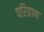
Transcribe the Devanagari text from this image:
परिवाण